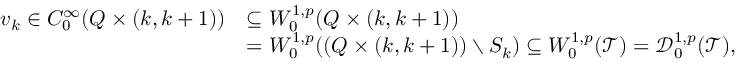
\begin{array} { r l } { v _ { k } \in C _ { 0 } ^ { \infty } ( Q \times ( k , k + 1 ) ) } & { \subseteq W _ { 0 } ^ { 1 , p } ( Q \times ( k , k + 1 ) ) } \\ & { = W _ { 0 } ^ { 1 , p } ( ( Q \times ( k , k + 1 ) ) \setminus S _ { k } ) \subseteq W _ { 0 } ^ { 1 , p } ( \mathcal { T } ) = \mathcal { D } _ { 0 } ^ { 1 , p } ( \mathcal { T } ) , } \end{array}